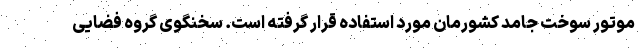
موتور سوخت جامد کشورمان مورد استفاده قرار گرفته است. سخنگوی گروه فضایی